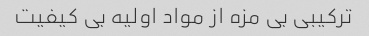
ترکیبی بی مزه از مواد اولیه بی کیفیت